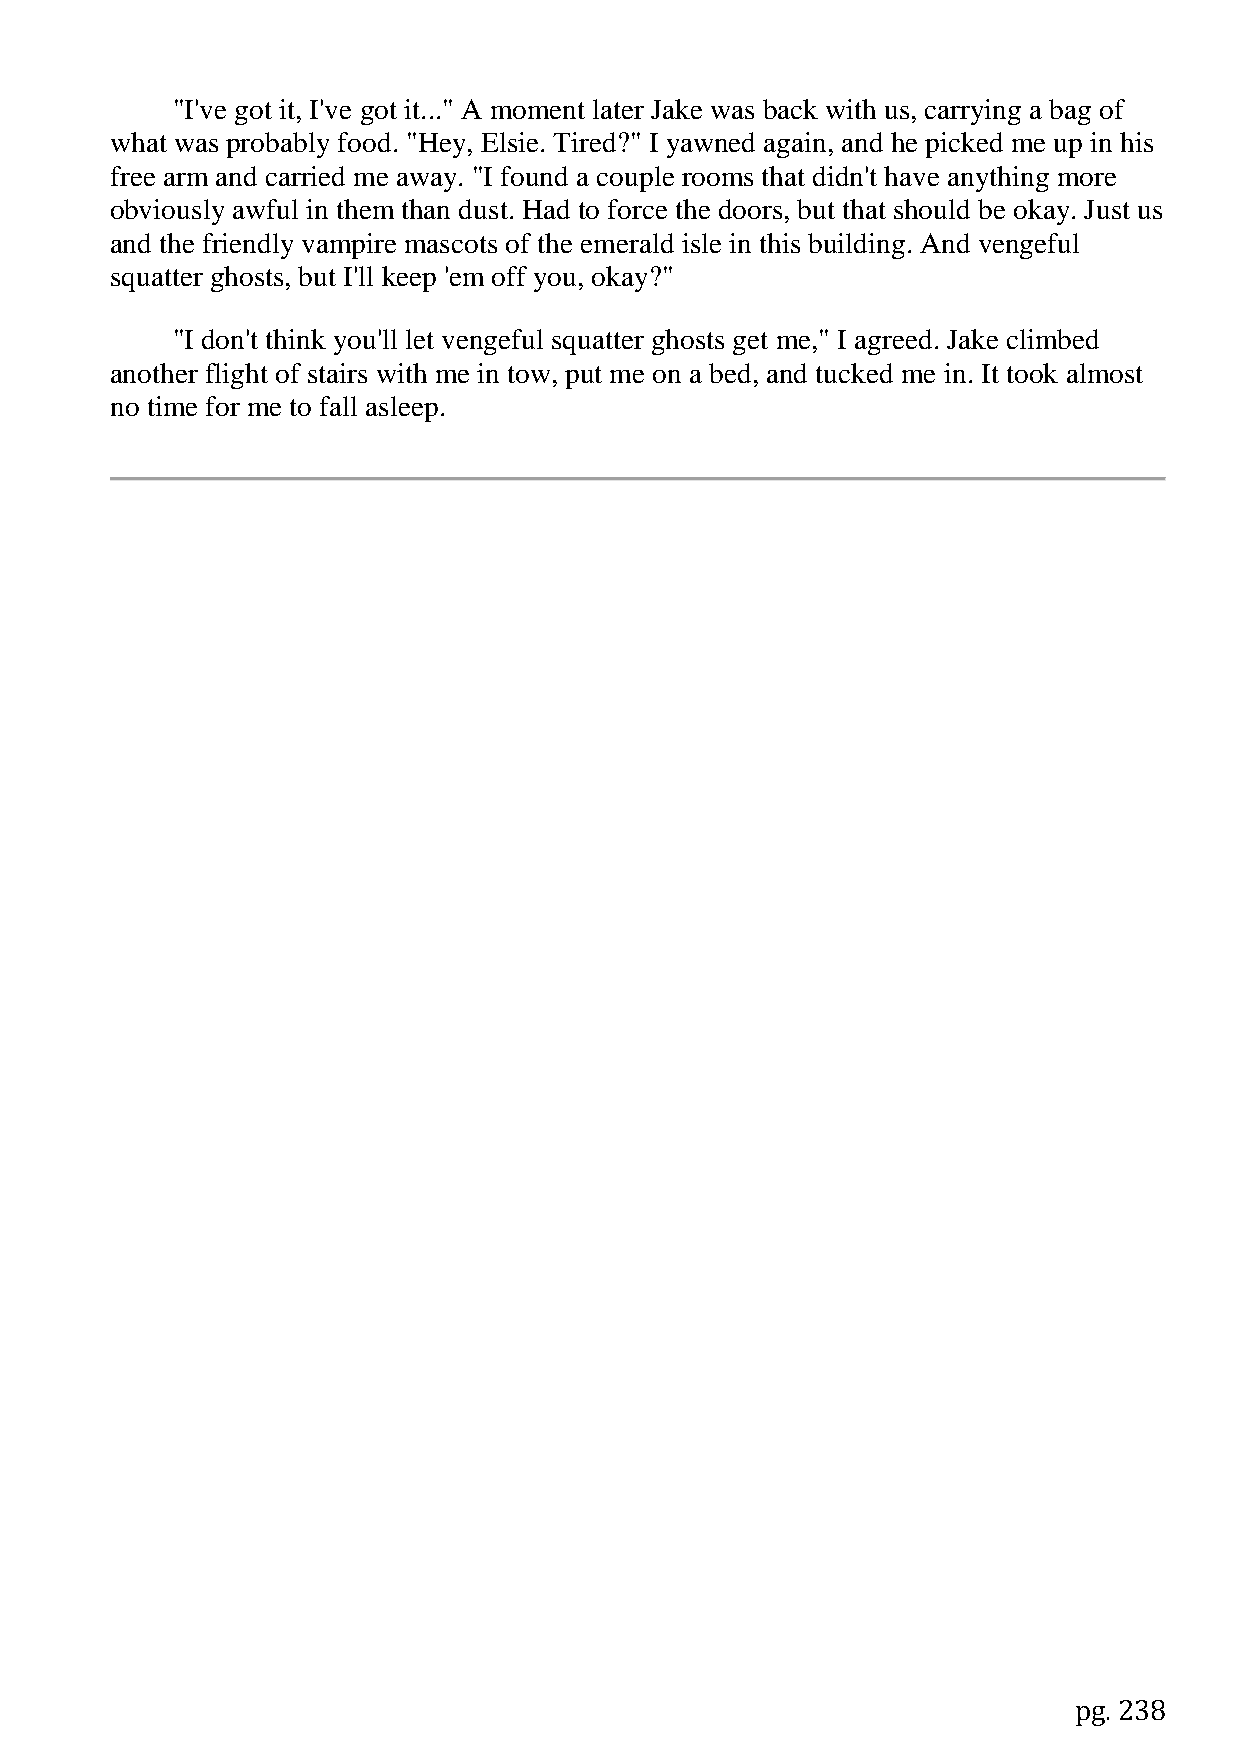
"I've got it, I've got it..." A moment later Jake was back with us, carrying a bag of
 what was probably food. "Hey, Elsie. Tired?" I yawned again, and he picked me up in his
 free arm and carried me away. "I found a couple rooms that didn't have anything more
 obviously awful in them than dust. Had to force the doors, but that should be okay. Just us
 and the friendly vampire mascots of the emerald isle in this building. And vengeful
 squatter ghosts, but I'll keep 'em off you, okay?"
 "I don't think you'll let vengeful squatter ghosts get me," I agreed. Jake climbed
 another flight of stairs with me in tow, put me on a bed, and tucked me in. It took almost
 no time for me to fall asleep.
 pg. 238